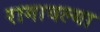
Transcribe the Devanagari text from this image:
रागावल्या